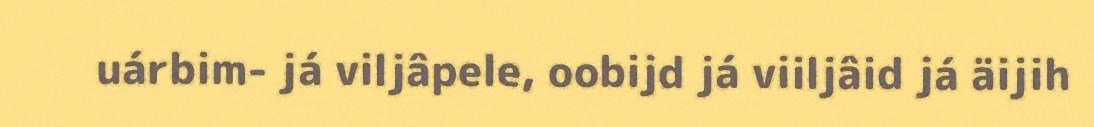
uárbim- já viljâpele, oobijd já viiljâid já äijih